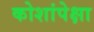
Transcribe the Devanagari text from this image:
कोशांपेक्षा